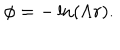
\phi = - \ln \left( \Lambda r \right) .